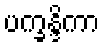
ပက္ခန္ဒိကာ